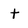
Character: t